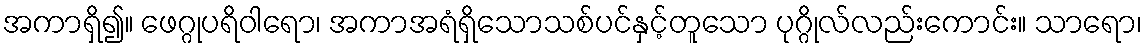
အကာရှိ၍။ ဖေဂ္ဂုပရိဝါရော၊ အကာအရံရှိသောသစ်ပင်နှင့်တူသော ပုဂ္ဂိုလ်လည်းကောင်း။ သာရော၊